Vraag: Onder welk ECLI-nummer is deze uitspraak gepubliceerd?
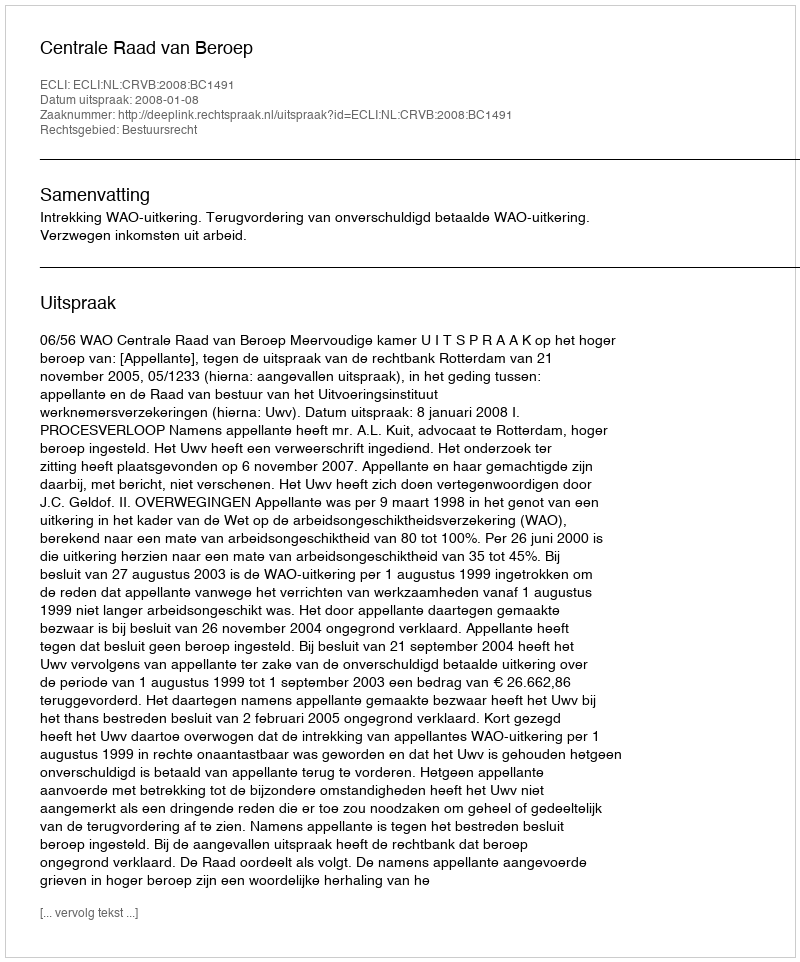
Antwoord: ECLI:NL:CRVB:2008:BC1491